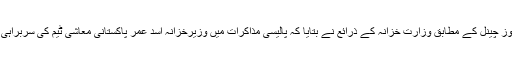
ایک نجی نیوز چینل کے مطابق وزارت خزانہ کے ذرائع نے بتایا کہ پالیسی مذاکرات میں وزیرخزانہ اسد عمر پاکستانی معاشی ٹیم کی سربراہی کریں گے ۔